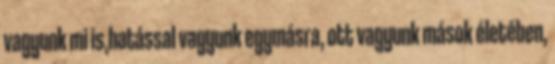
vagyunk mi is,hatással vagyunk egymásra, ott vagyunk mások életében,